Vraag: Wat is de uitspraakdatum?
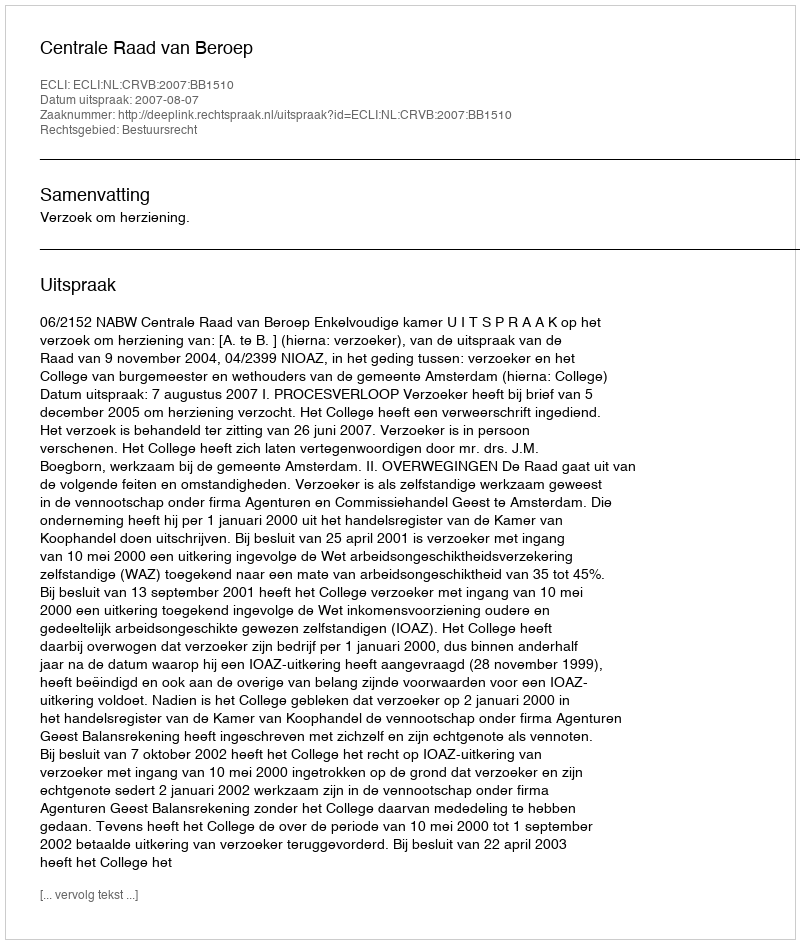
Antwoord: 2007-08-07